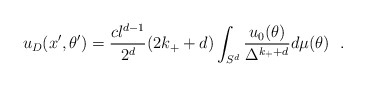
\begin{align*}u_D(x',\theta ')={cl^{d-1}\over 2^{d}}(2k_++d)\int_{S^d}{u_0(\theta)\over \Delta^{k_++d}}d\mu (\theta )~~.\end{align*}